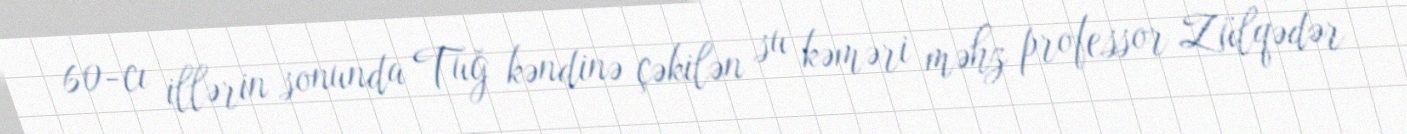
60-cı illərin sonunda Tuğ kəndinə çəkilən su kəməri məhz professor Zülqədər